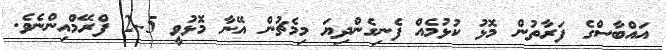
އައްބާސްގެ ފަރާތުން މޮޅު ކުޅުމެއް ފެނިގެންދިޔަ މިމެޗުން އޭނާ މޮޅުވީ 5-2 ފްރޭމްއިންނެވެ.